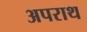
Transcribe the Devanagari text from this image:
अपराथ